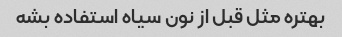
بهتره مثل قبل از نون سیاه استفاده بشه